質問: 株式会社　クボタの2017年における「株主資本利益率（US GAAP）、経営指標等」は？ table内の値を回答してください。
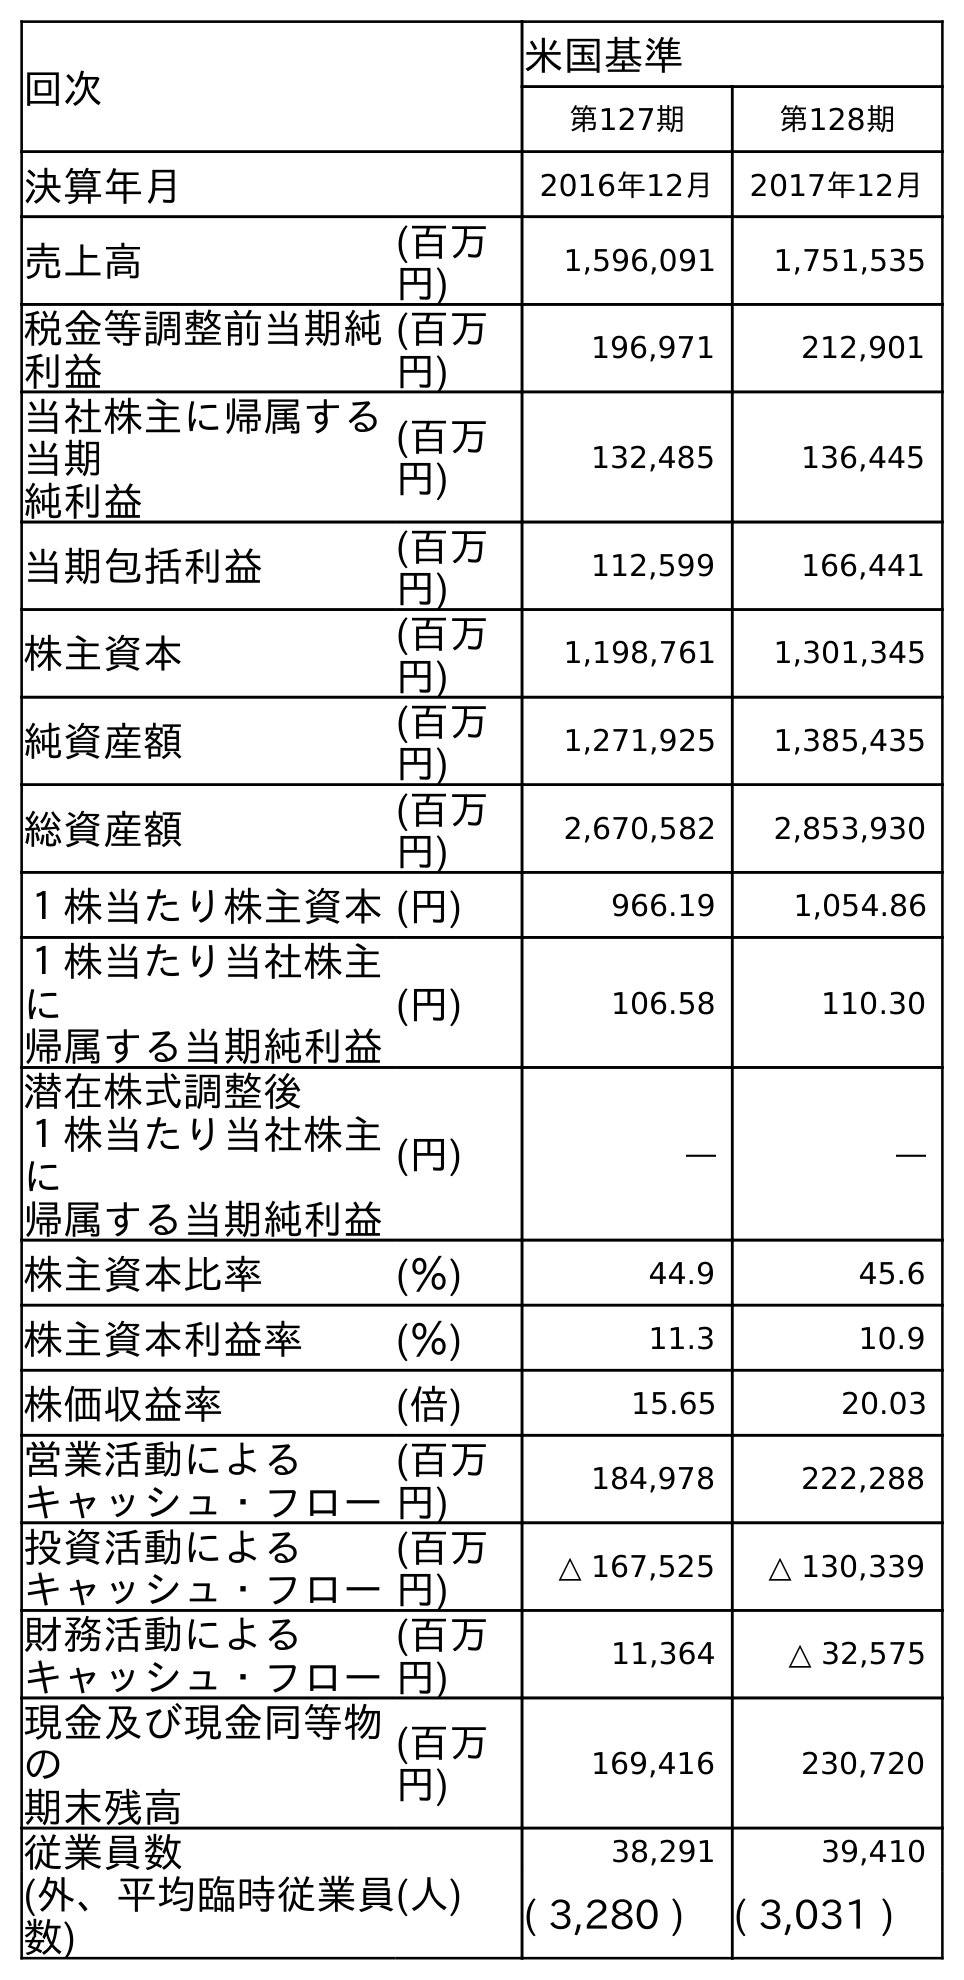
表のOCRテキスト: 回次 米国基準 第127期 第128期 決算年月 2016年12月 2017年12月 売上高 (百万 円) 1,596,091 1,751,535 税金等調整前当期純 利益 (百万 円) 196,971 212,901 当社株主に帰属する 当期 純利益 (百万 円) 132,485 136,445 当期包括利益 (百万 円) 112,599 166,441 株主資本 (百万 円) 1,198,761 1,301,345 純資産額 (百万 円) 1,271,925 1,385,435 総資産額 (百万 円) 2,670,582 2,853,930 １株当たり株主資本(円) 966.19 1,054.86 １株当たり当社株主 に 帰属する当期純利益 (円) 106.58 110.30 潜在株式調整後 １株当たり当社株主 に 帰属する当期純利益 (円) ― ― 株主資本比率 (％) 44.9 45.6 株主資本利益率 (％) 11.3 10.9 株価収益率 (倍) 15.65 20.03 営業活動による キャッシュ・フロー (百万 円) 184,978 222,288 投資活動による キャッシュ・フロー (百万 円) △ 167,525 △ 130,339 財務活動による キャッシュ・フロー (百万 円) 11,364 △ 32,575 現金及び現金同等物 の 期末残高 (百万 円) 169,416 230,720 従業員数 (人) 38,291 39,410 (外、平均臨時従業員 数) ( 3,280 ) ( 3,031 )
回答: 10.9